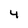
Character: 4